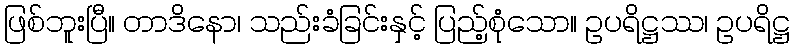
ဖြစ်ဘူးပြီ။ တာဒိနော၊ သည်းခံခြင်းနှင့် ပြည့်စုံသော။ ဥပရိဋ္ဌဿ၊ ဥပရိဋ္ဌ